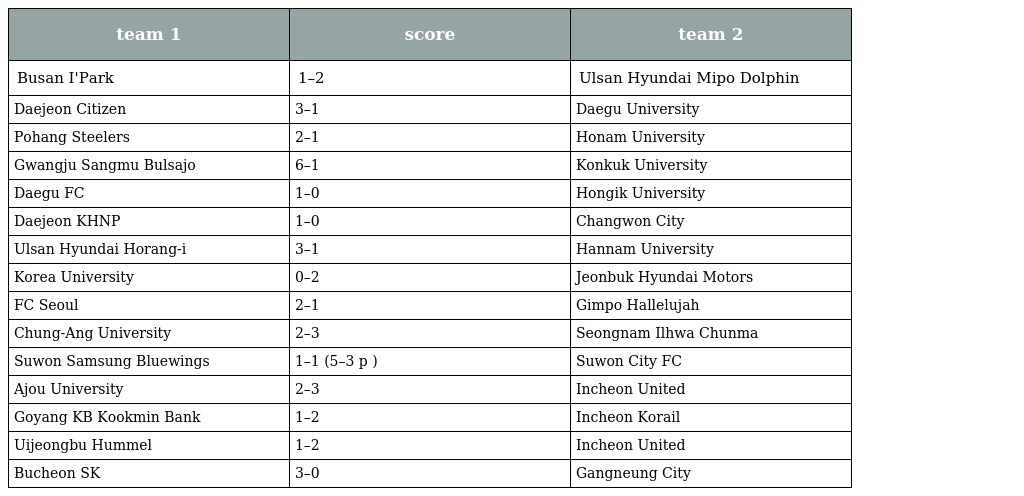
| team 1 | score | team 2 |
 | --- | --- | --- |
 | Busan I'Park | 1–2 | Ulsan Hyundai Mipo Dolphin |
 | Daejeon Citizen | 3–1 | Daegu University |
 | Pohang Steelers | 2–1 | Honam University |
 | Gwangju Sangmu Bulsajo | 6–1 | Konkuk University |
 | Daegu FC | 1–0 | Hongik University |
 | Daejeon KHNP | 1–0 | Changwon City |
 | Ulsan Hyundai Horang-i | 3–1 | Hannam University |
 | Korea University | 0–2 | Jeonbuk Hyundai Motors |
 | FC Seoul | 2–1 | Gimpo Hallelujah |
 | Chung-Ang University | 2–3 | Seongnam Ilhwa Chunma |
 | Suwon Samsung Bluewings | 1–1 (5–3 p ) | Suwon City FC |
 | Ajou University | 2–3 | Incheon United |
 | Goyang KB Kookmin Bank | 1–2 | Incheon Korail |
 | Uijeongbu Hummel | 1–2 | Incheon United |
 | Bucheon SK | 3–0 | Gangneung City |